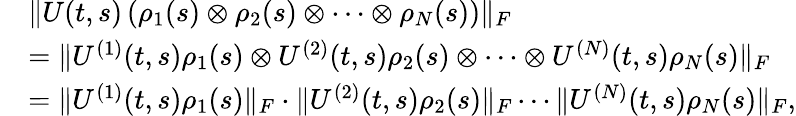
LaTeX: \begin{array}{rl}&{\| U(t,s)\left(\rho_{1}(s)\otimes\rho_{2}(s)\otimes\cdots\otimes\rho_{N}(s)\right)\| _{F}}\\ &{=\| U^{(1)}(t,s)\rho_{1}(s)\otimes U^{(2)}(t,s)\rho_{2}(s)\otimes\cdots\otimes U^{(N)}(t,s)\rho_{N}(s)\| _{F}}\\ &{=\| U^{(1)}(t,s)\rho_{1}(s)\| _{F}\cdot\| U^{(2)}(t,s)\rho_{2}(s)\| _{F}\cdots\| U^{(N)}(t,s)\rho_{N}(s)\| _{F},}\end{array}